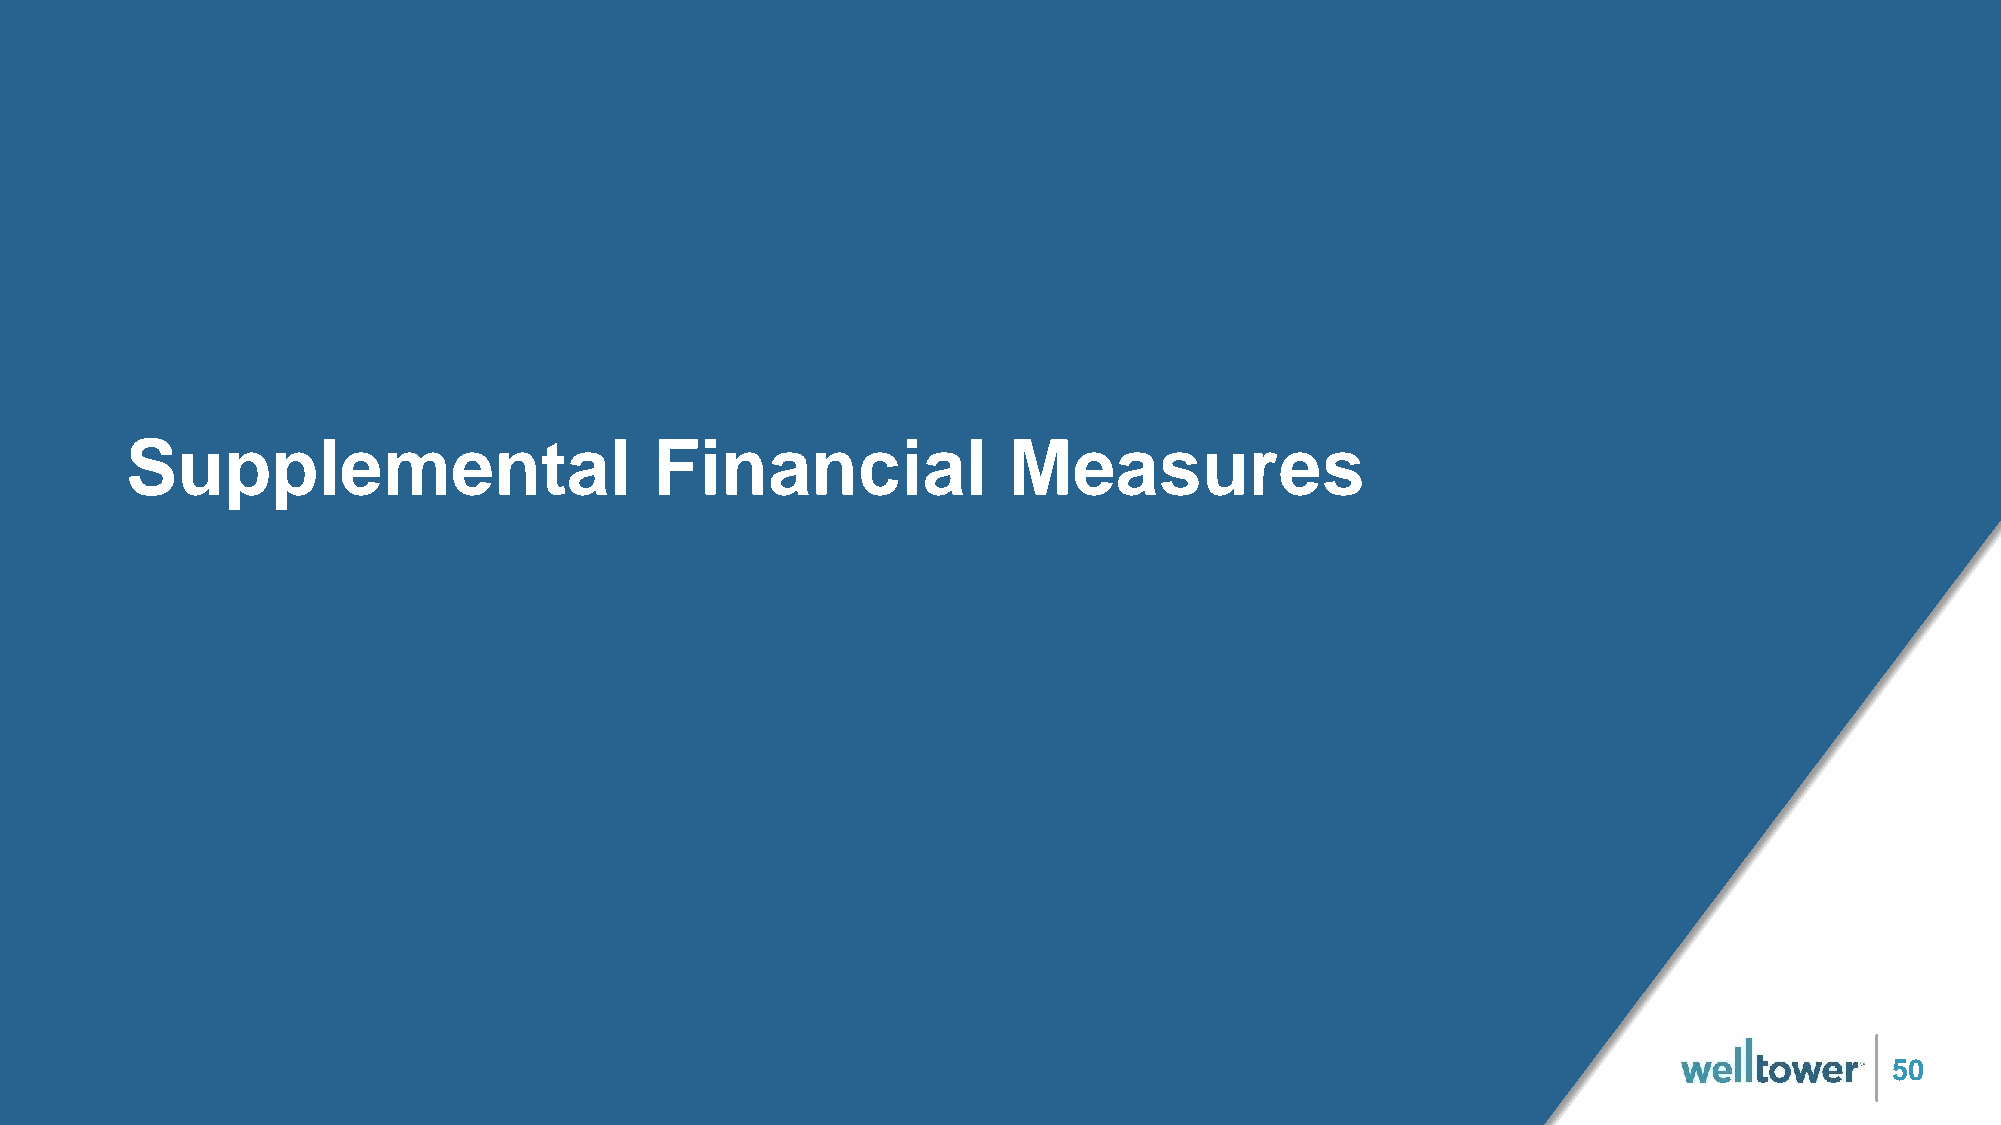
Supplemental                       Financial               Measures
 50